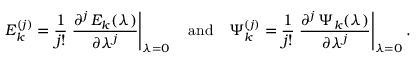
E _ { k } ^ { ( j ) } = \frac { 1 } { j ! } \left. \frac { \partial ^ { j } \, E _ { k } ( \lambda ) } { \partial \lambda ^ { j } } \right\vert _ { \lambda = 0 } \quad \mathrm { a n d } \quad \Psi _ { k } ^ { ( j ) } = \frac { 1 } { j ! } \left. \frac { \partial ^ { j } \, \Psi _ { k } ( \lambda ) } { \partial \lambda ^ { j } } \right\vert _ { \lambda = 0 } .